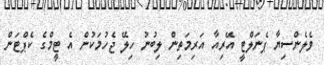
ވެލެންސިޔާ ޕެނަލްޓީ އޭރިއާ އަރިމަތިން ލިބުނު ހިލޭ ޖެހުމަކުން އެ ޓީމްގެ ކެޕްޓަން